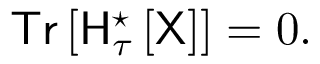
{ \sf T r } \left[ { \sf H } _ { \tau } ^ { \star } \left[ \sf X \right] \right] = 0 .